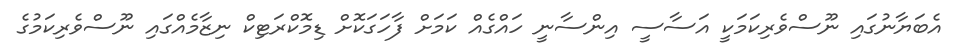
އެބަޔާނުގައި ނޫސްވެރިކަމަކީ އަސާސީ އިންސާނީ ހައްގެއް ކަމަށް ފާހަގަކޮށް ޑިމޮކްރަޓިކް ނިޒާމެއްގައި ނޫސްވެރިކަމުގެ